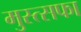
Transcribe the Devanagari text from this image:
मुस्त्सफा